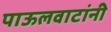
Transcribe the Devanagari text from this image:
पाऊलवाटांनी